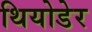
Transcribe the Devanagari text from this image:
थियोडेर